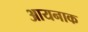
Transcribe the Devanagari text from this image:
आयनाक